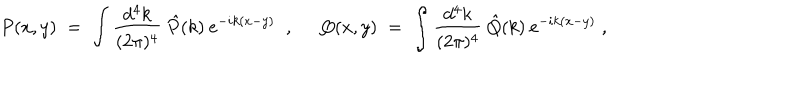
P ( x , y ) \; = \; \int \frac { d ^ { 4 } k } { ( 2 \pi ) ^ { 4 } } \: \hat { P } ( k ) \: e ^ { - i k ( x - y ) } \; \; , \; \; Q ( x , y ) \; = \; \int \frac { d ^ { 4 } k } { ( 2 \pi ) ^ { 4 } } \: \hat { Q } ( k ) \: e ^ { - i k ( x - y ) } \; ,